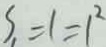
S _ { 1 } = 1 = 1 ^ { 2 }